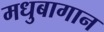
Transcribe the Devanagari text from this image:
मधुबागान